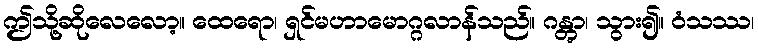
ဤသို့ဆိုလေလော့။ ထေရော၊ ရှင်မဟာမောဂ္ဂလာန်သည်။ ဂန္တွာ၊ သွား၍။ ဝံသဿ၊